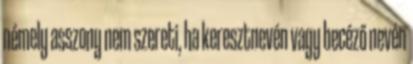
némely asszony nem szereti, ha keresztnevén vagy becéző nevén